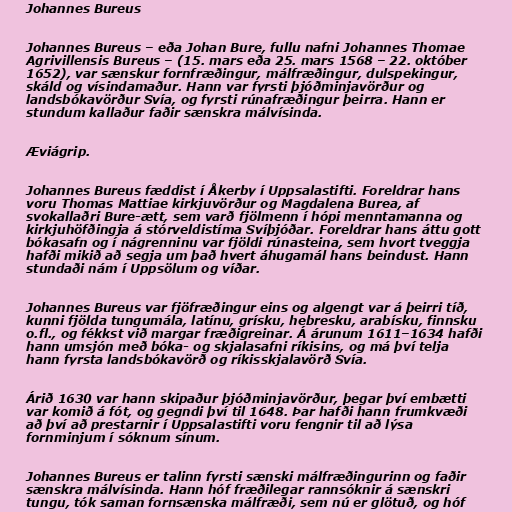
Johannes Bureus

Johannes Bureus – eða Johan Bure, fullu nafni Johannes Thomae
Agrivillensis Bureus – (15. mars eða 25. mars 1568 – 22. október
1652), var sænskur fornfræðingur, málfræðingur, dulspekingur,
skáld og vísindamaður. Hann var fyrsti þjóðminjavörður og
landsbókavörður Svía, og fyrsti rúnafræðingur þeirra. Hann er
stundum kallaður faðir sænskra málvísinda.

Æviágrip.

Johannes Bureus fæddist í Åkerby í Uppsalastifti. Foreldrar hans
voru Thomas Mattiae kirkjuvörður og Magdalena Burea, af
svokallaðri Bure-ætt, sem varð fjölmenn í hópi menntamanna og
kirkjuhöfðingja á stórveldistíma Svíþjóðar. Foreldrar hans áttu gott
bókasafn og í nágrenninu var fjöldi rúnasteina, sem hvort tveggja
hafði mikið að segja um það hvert áhugamál hans beindust. Hann
stundaði nám í Uppsölum og víðar.

Johannes Bureus var fjöfræðingur eins og algengt var á þeirri tíð,
kunni fjölda tungumála, latínu, grísku, hebresku, arabísku, finnsku
o.fl., og fékkst við margar fræðigreinar. Á árunum 1611–1634 hafði
hann umsjón með bóka- og skjalasafni ríkisins, og má því telja
hann fyrsta landsbókavörð og ríkisskjalavörð Svía.

Árið 1630 var hann skipaður þjóðminjavörður, þegar því embætti
var komið á fót, og gegndi því til 1648. Þar hafði hann frumkvæði
að því að prestarnir í Uppsalastifti voru fengnir til að lýsa
fornminjum í sóknum sínum.

Johannes Bureus er talinn fyrsti sænski málfræðingurinn og faðir
sænskra málvísinda. Hann hóf fræðilegar rannsóknir á sænskri
tungu, tók saman fornsænska málfræði, sem nú er glötuð, og hóf